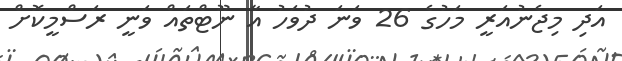
އަދި މިޖެނުއަރީ މަހުގެ 26 ވަނަ ދުވަހު އާ ނޫޓްތައް ވަނީ ރަސްމީކޮށް